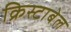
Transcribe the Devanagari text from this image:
क्रिस्टाबेल